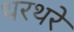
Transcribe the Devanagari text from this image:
थरथरे